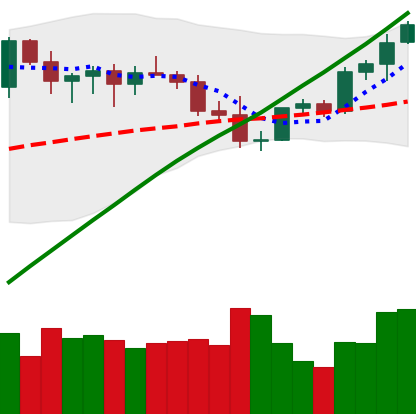
Ticker: ETH-USD
Chart end date: 2021-04-01
Forward return: 7.136%
Label: up_7plus